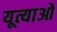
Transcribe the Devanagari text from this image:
यूत्याओ